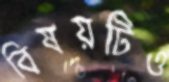
বিষয়টিও